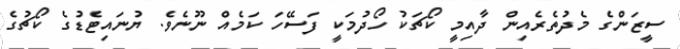
ސީޒަންގެ މެދުތެރެއިން ދާއިމީ ކޯޗަކު ހޯދުމަކީ ފަސޭހަ ކަމެއް ނޫނެވެ. ޔުނައިޓެޑުގެ ކޯޗުގެ